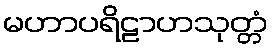
မဟာပရိဠာဟသုတ္တံ